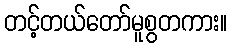
တင့်တယ်တော်မူစွတကား။